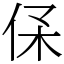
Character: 𠈃